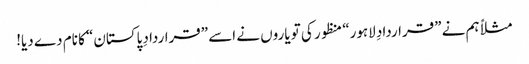
مثلاً ہم نے ”قراردادِ لاہور“ منظور کی تو یاروں نے اسے ”قراردادِ پاکستان“ کا نام دے دیا!